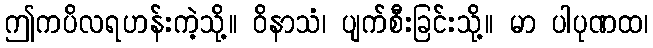
ဤကပိလရဟန်းကဲ့သို့။ ဝိနာသံ၊ ပျက်စီးခြင်းသို့။ မာ ပါပုဏထ၊